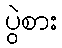
ပွဲစား